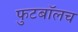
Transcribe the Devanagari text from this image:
फुटबाॅलच